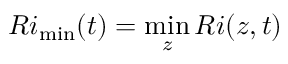
R i _ { \operatorname* { m i n } } ( t ) = \operatorname* { m i n } _ { z } R i ( z , t )